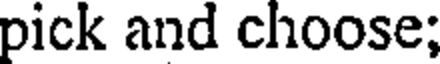
pick and choose;